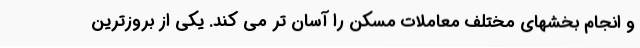
و انجام بخشهای مختلف معاملات مسکن را آسان تر می کند. یکی از بروزترین